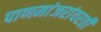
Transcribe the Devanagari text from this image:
पाणमांजरांवरती